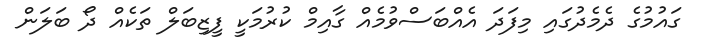
ގައުމުގެ ދެމެދުގައި މިފަދަ އެއްބަސްވުމެއް ގާއިމް ކުރުމަކީ ފީޒިބަލް ތަކެއް ދޯ ބަލަން